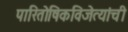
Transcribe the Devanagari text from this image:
पारितोषिकविजेत्यांची